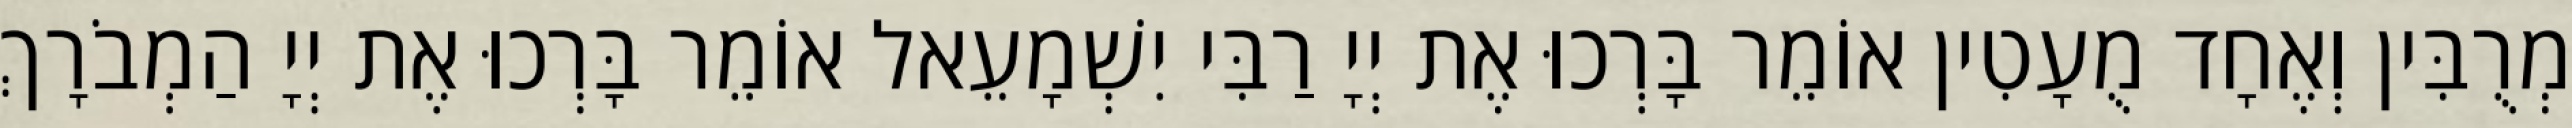
מְרֻבִּין וְאֶחָד מֻעָטִין אוֹמֵר בָּרְכוּ אֶת יְיָ רַבִּי יִשְׁמָעֵאל אוֹמֵר בָּרְכוּ אֶת יְיָ הַמְבֹרָךְ